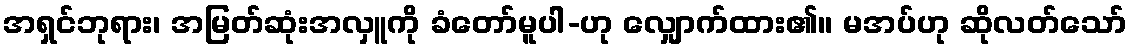
အရှင်ဘုရား၊ အမြတ်ဆုံးအလှူကို ခံတော်မူပါ-ဟု လျှောက်ထား၏။ မအပ်ဟု ဆိုလတ်သော်